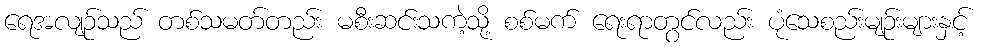
ရေအလျဉ်သည် တစ်သမတ်တည်း မစီးဆင်းသကဲ့သို့ စစ်မက် ရေးရာတွင်လည်း ပုံသေစည်းမျဉ်းများနှင့်